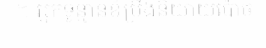
។ អ្នកទូន្មានខំប្រឹងនិយាយប៉ោច